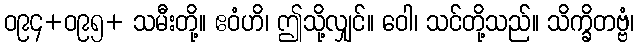
ဝ၉၄+ဝ၉၅+ သမီးတို့။ ဧဝံဟိ၊ ဤသို့လျှင်။ ဝေါ၊ သင်တို့သည်။ သိက္ခိတဗ္ဗံ၊